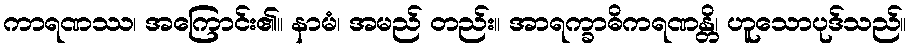
ကာရဏဿ၊ အကြောင်း၏။ နာမံ၊ အမည် တည်း။ အာရက္ခာဓိကရဏန္တိ၊ ဟူသောပုဒ်သည်။